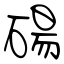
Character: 碭